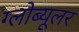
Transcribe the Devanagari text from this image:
ग्लोब्यूलर